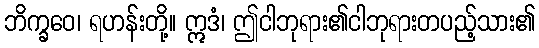
ဘိက္ခဝေ၊ ရဟန်းတို့။ ဣဒံ၊ ဤငါဘုရား၏ငါဘုရားတပည့်သား၏